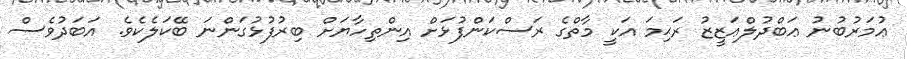
ޢުމަރުބުނު ޢަބްދުލްޢަޒީޒު ރަޙިމަ އަކީ މާތްގެ ރަސްކަންފުޅަށް އިންތިހާޔަށް ބިރުފުޅުގަންނަ ބޭކަލެކެވެ. އަބަދުވެސް